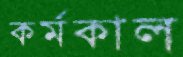
কর্মকাল